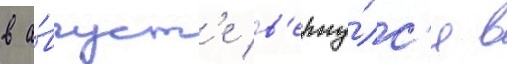
в а́вгуст'е в'ерну́лс'я в